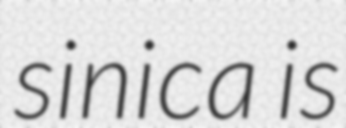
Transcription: sinica is